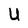
Character: U